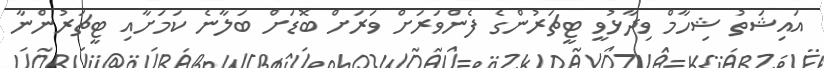
އައިޝަތު ޝިހާމް ވިދާޅުވީ ޓީޗަރުންގެ ފެންވަރަށް ވަރަށް ބޮޑަށް ބަލާނެ ކަމަށާއި ޓީޗަރުންނާ